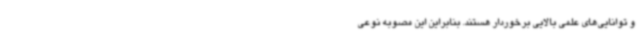
و توانایی‌های علمی بالایی برخوردار هستند. بنابراین این مصوبه نوعی